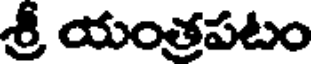
శ్రీ యంత్రపటం